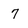
Character: 7